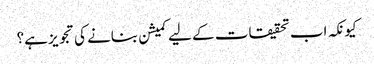
کیونکہ اب تحقیقات کے لیے کمیشن بنانے کی تجویز ہے؟